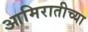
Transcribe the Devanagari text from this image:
आमिरातीच्या